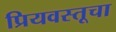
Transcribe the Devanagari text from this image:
प्रियवस्तूचा